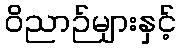
ဝိညာဉ်များနှင့်